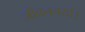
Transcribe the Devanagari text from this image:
जीवनचर्या।